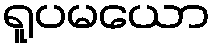
ရူပမယော